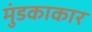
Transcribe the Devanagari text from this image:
मुंडकाकार